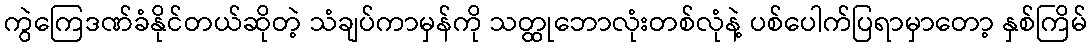
ကွဲကြေဒဏ်ခံနိုင်တယ်ဆိုတဲ့ သံချပ်ကာမှန်ကို သတ္ထုဘောလုံးတစ်လုံနဲ့ ပစ်ပေါက်ပြရာမှာတော့ နှစ်ကြိမ်